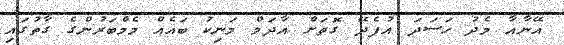
އޭނާއާ މެދު ހަސަދަ އުފެދޭ ގޮތަށް އާދަމް މަނިކު ބައެއް މެމްބަރުންގެ ގާތުގައި